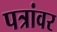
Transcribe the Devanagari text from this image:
पत्रांवर